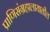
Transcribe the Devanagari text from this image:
प्राणिसंग्रहालायातील